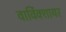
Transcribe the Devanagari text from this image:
वार्विक्शायर